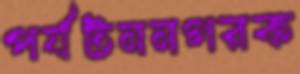
পর্যটননগরক